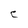
Character: C